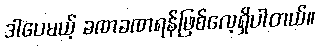
ဒါပေမယ့် ခဏခဏရန်ဖြစ်လေ့ရှိပါတယ်။